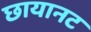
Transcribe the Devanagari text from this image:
छायानट